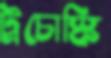
ট্রচোস্কি